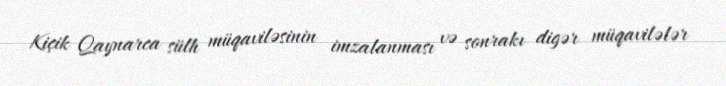
Kiçik Qaynarca sülh müqaviləsinin imzalanması və sonrakı digər müqavilələr